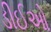
ડીઈઓ